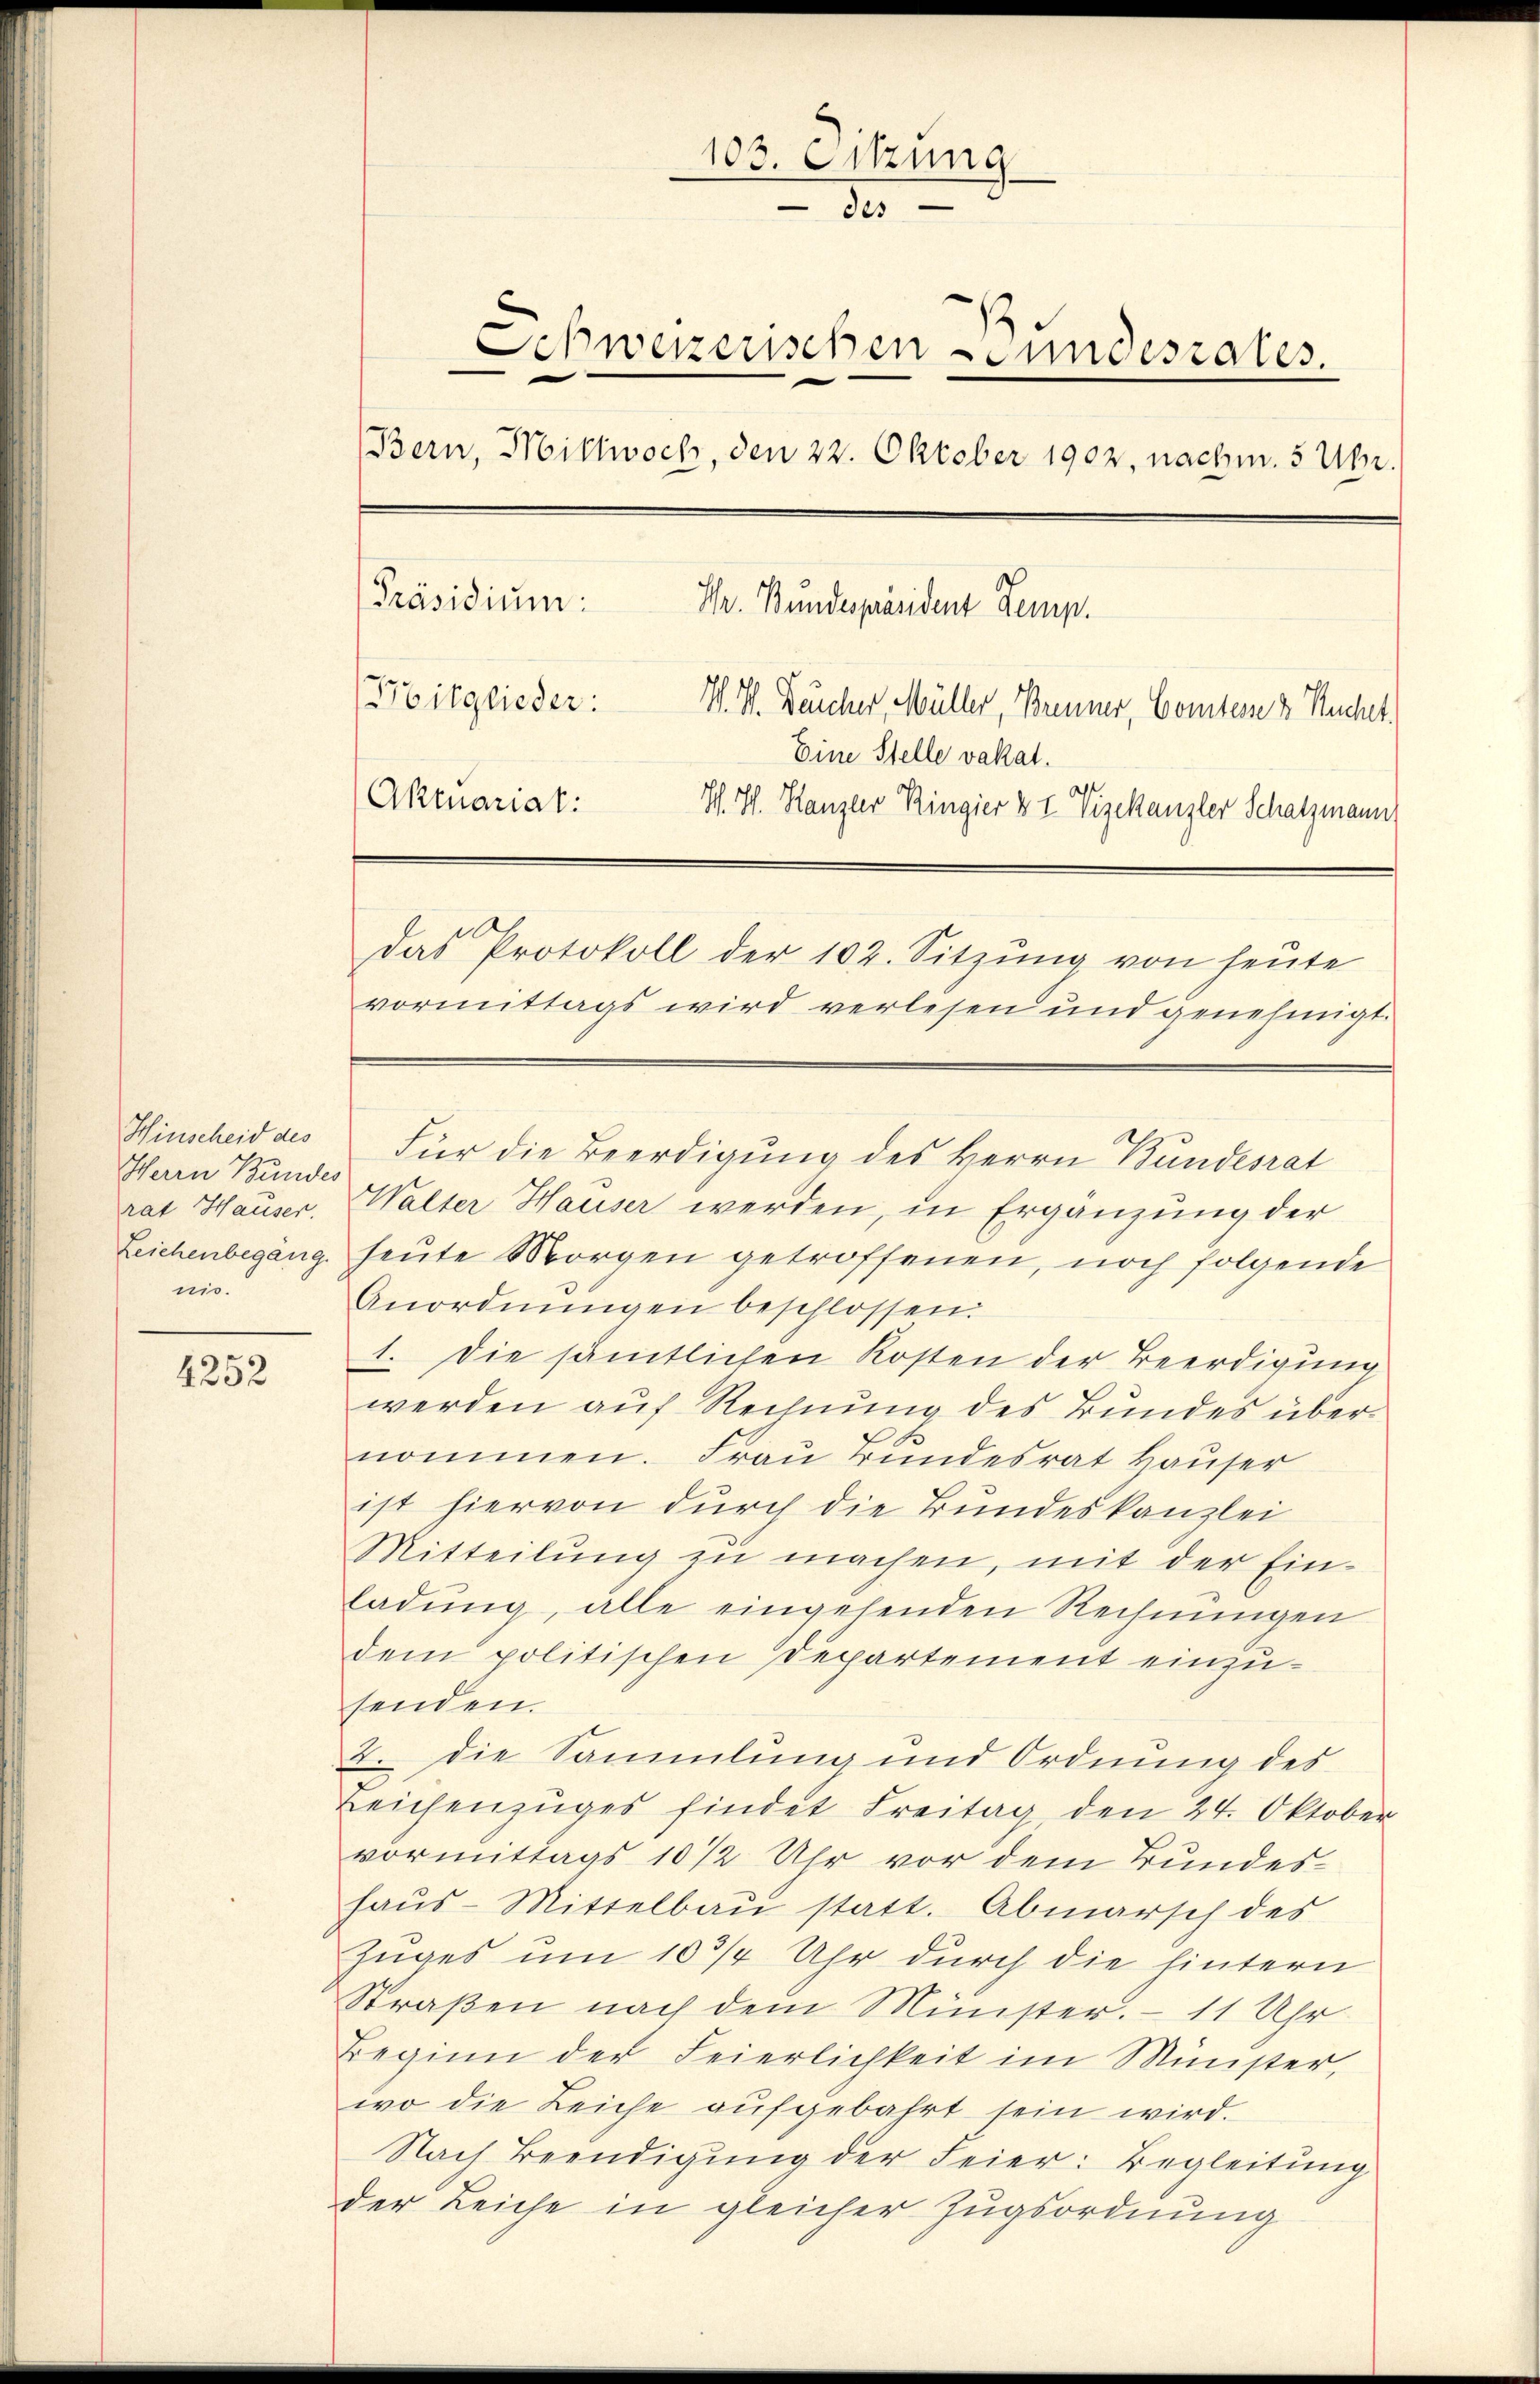
Herrn Bundes
nis.

4252

Hinscheid des Für die Beerdigung des Herrn Bundesrat
rat Hauser, Walter Hauser werden, in Ergänzung der
Zeichenbegang heute Morgen getroffenen, noch folgende
Anordnŭngen beschlossen:
1. Die sämtlichen Kosten der Beerdigung
werden auf Rechnung des Bundes übernommen. Frau Bundesrat Hauser
ist hiervon durch die Bundeskanzlei
Mitteilung zu machen, mit der Ein-
ladŭng, alle eingehenden Rechnŭngen
dem politischen Departement einzusenden.
2. die Sammlung und Ordnung des
Leichenzuges findet Freitag, den 24. Oktober
vormittags 10 1/2 Uhr vor dem Bundeshaŭs-Mittelbaŭ statt. Abmarsch des
Zuges um 10 3/4 Uhr durch die hintern
Straßen nach dem Minister. — 11 Uhr
Beginn der Feierlichkeit im Münster,
wo die Leiche aufgebahrt sein wird.
Nach Beendigung der Feier: Begleitung
der Leiche in gleicher Zugsordnung

103. Sitzung
do
Schweizerischen undesrates.
.
Bern, Mittwoch, den 22. Oktober 1902, nachm. 5 Uhr.
[Präsidium:
Hr. Bundespräsident Zemp.
itglieder: V. P. Feucher, Müller, Brenner, Comtes v. Suchet.
Eine Stelle vakat.
Aktuarial:
W. Th. Kanzler Ringier & I Vizekanzler Schatzmann
das Protokoll der 102. Sitzŭng von heŭte
vormittags wird verlesen und genehmigt.